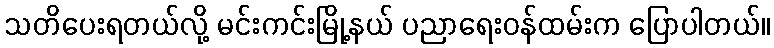
သတိပေးရတယ်လို့ မင်းကင်းမြို့နယ် ပညာရေးဝန်ထမ်းက ပြောပါတယ်။